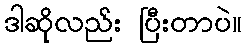
ဒါဆိုလည်း ပြီးတာပဲ။